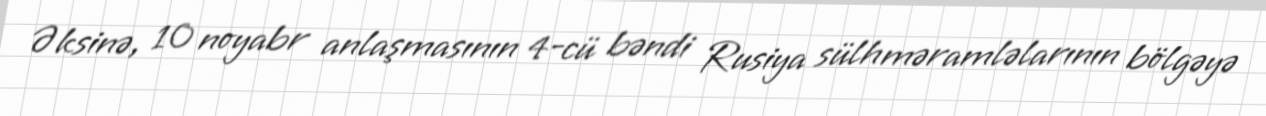
Əksinə, 10 noyabr anlaşmasının 4-cü bəndi Rusiya sülhməramləlarının bölgəyə